Medical and sanitary report of the native army of Madras for the year
Year: 1877
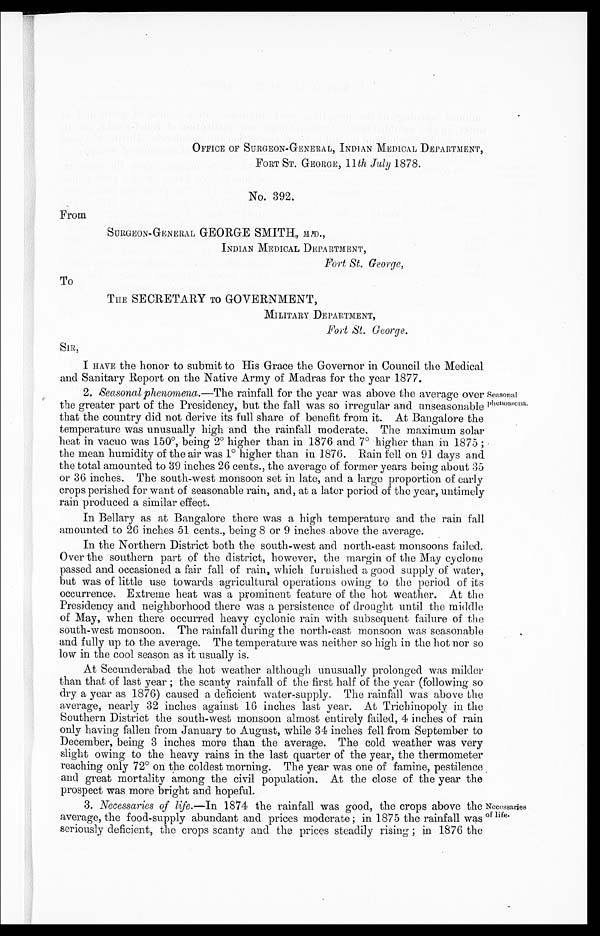
OFFICE OF SURGEON-GENERAL, INDIAN MEDICAL DEPARTMENT,
FORT ST. GEORGE, 11 th July 1878.
No. 392.
From
SURGEON-GENERAL GEORGE SMITH, M.D.,
INDIAN MEDICAL DEPARTMENT,
Fort St. George,
THE SECRETARY TO GOVERNMENT,
MILITARY DEPARTMENT,
Fort St. George.
To
SIR,
I HAVE the honor to submit to His Grace the Governor in Council the Medical
and Sanitary Report on the Native Army of Madras for the year 1877.
2. Seasonal phenomena.— The rainfall for the year was above the average over
the greater part of the Presidency, but the fall was so irregular and unseasonable
that the country did not derive its full share of benefit from it. At Bangalore the
temperature was unusually high and the rainfall moderate. The maximum solar
heat in vacuo was 150°, being 2° higher than in 1876 and 7° higher than in 1875;
the mean humidity of the air was 1° higher than in 1876. Rain fell on 91 days and
the total amounted to 39 inches 26 cents., the average of former years being about 35
or 36 inches. The south-west monsoon set in late, and a large proportion of early
crops perished for want of seasonable rain, and, at a later period of the year, untimely
rain produced a similar effect.
In Bellary as at Bangalore there was a high temperature and the rain fall
amounted to 26 inches 51 cents., being 8 or 9 inches above the average.
In the Northern District both the south-west and north-east monsoons failed.
Over the southern part of the district, however, the margin of the May cyclone
passed and occasioned a fair fall of rain, which furnished a good supply of water,
but was of little use towards agricultural operations owing to the period of its
occurrence. Extreme heat was a prominent feature of the hot weather. At the
Presidency and neighborhood there was a persistence of drought until the middle
of May, when there occurred heavy cyclonic rain with subsequent failure of the
south-west monsoon. The rainfall during the north-east monsoon was seasonable
and fully up to the average. The temperature was neither so high in the hot nor so
low in the cool season as it usually is.
At Secunderabad the hot weather although unusually prolonged was milder
than that of last year; the scanty rainfall of the first half of the year (following so
dry a year as 1876) caused a deficient water-supply. The rainfall was above the
average, nearly 32 inches against 16 inches last year. At Trichinopoly in the
Southern District the south-west monsoon almost entirely failed, 4 inches of rain
only having fallen from January to August, while 34 inches fell from September to
December, being 3 inches more than the average. The cold weather was very
slight owing to the heavy rains in the last quarter of the year, the thermometer
reaching only 72° on the coldest morning. The year was one of famine, pestilence
and great mortality among the civil population. At the close of the year the
prospect was more bright and hopeful.
2. Necessaries of life.—In 1874 the rainfall was good, the crops above the
average, the food-supply abundant and prices moderate; in 1875 the rainfall was
seriously deficient, the crops scanty and the prices steadily rising; in 1876 the
Seasonal
phenomena.
Necessaries
of life.